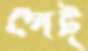
পেট্‌